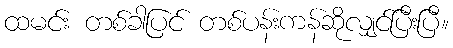
ထမင်း တစ်ခါပြင် တစ်ပန်းကန်ဆိုလျှင်ပြီးပြီ။